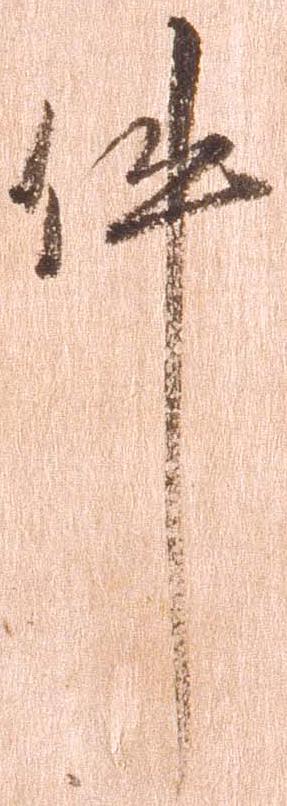
件